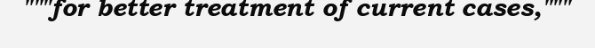
"""for better treatment of current cases,"""